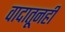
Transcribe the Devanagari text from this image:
वादातूनही